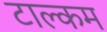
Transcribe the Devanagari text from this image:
टाल्कम